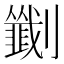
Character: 𫦟